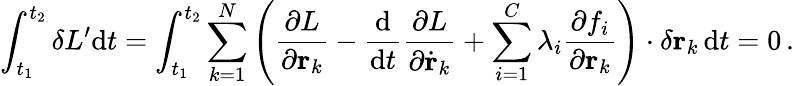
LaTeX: \int_{t_{1}}^{t_{2}}\delta L^{\prime}\mathrm{d}t=\int_{t_{1}}^{t_{2}}\sum_{k=1}^{N}\left({\frac{\partial L}{\partial\mathbf{r}_{k}}}-{\frac{\mathrm{d}}{\mathrm{d}t}}{\frac{\partial L}{\partial{\dot{\mathbf{r}}}_{k}}}+\sum_{i=1}^{C}\lambda_{i}{\frac{\partial f_{i}}{\partial\mathbf{r}_{k}}}\right)\cdot\delta\mathbf{r}_{k}\, \mathrm{d}t=0\, .